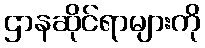
ဌာနဆိုင်ရာများကို